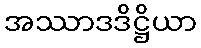
အဿာဒဒိဋ္ဌိယာ